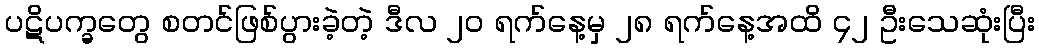
ပဋိပက္ခတွေ စတင်ဖြစ်ပွားခဲ့တဲ့ ဒီလ ၂၀ ရက်နေ့မှ ၂၈ ရက်နေ့အထိ ၄၂ ဦးသေဆုံးပြီး